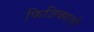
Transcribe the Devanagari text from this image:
फिजिक्सची